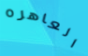
العاهره